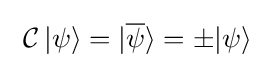
\ \operatorname {\mathcal {C}} |\psi \rangle =|{\overline {\psi }}\rangle =\pm |\psi \rangle ~